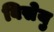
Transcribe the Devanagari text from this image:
विसेयु